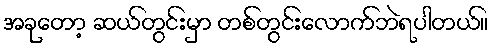
အခုတော့ ဆယ်တွင်းမှာ တစ်တွင်းလောက်ဘဲရပါတယ်။